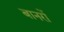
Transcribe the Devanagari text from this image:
बानरों